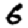
Digit: 6